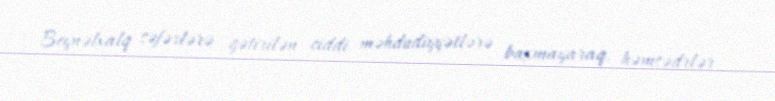
Beynəlxalq səfərlərə gətirilən ciddi məhdudiyyətlərə baxmayaraq, həmsədrlər